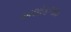
અશોકભાઇ